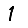
Digit: 1